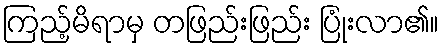
ကြည့်မိရာမှ တဖြည်းဖြည်း ပြုံးလာ၏။